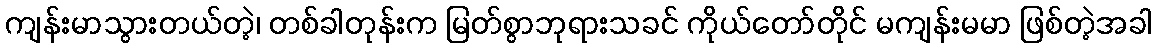
ကျန်းမာသွားတယ်တဲ့၊ တစ်ခါတုန်းက မြတ်စွာဘုရားသခင် ကိုယ်တော်တိုင် မကျန်းမမာ ဖြစ်တဲ့အခါ